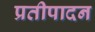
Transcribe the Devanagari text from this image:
प्रतीपादन